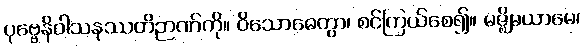
ပုဗ္ဗေနိဝါသနုဿတိဉာဏ်ကို။ ဝိသောဓေတွာ၊ စင်ကြယ်စေ၍။ မဇ္ဈိမယာမေ၊